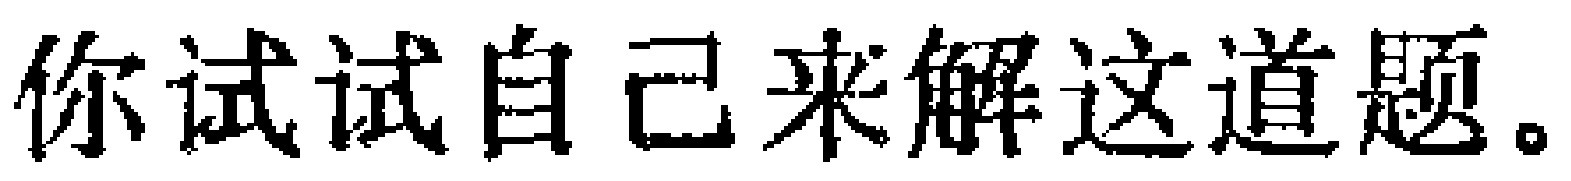
你试试自己来解这道题。